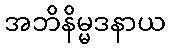
အဘိနိမ္မဒနာယ